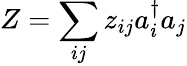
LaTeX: Z=\sum_{ij}z_{ij}a_{i}^{\dagger}a_{j}